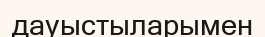
дауыстыларымен